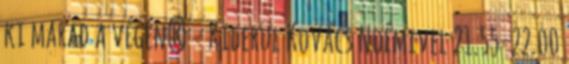
ki marad a végén? - Kiderül Kovács Noémivel 21.55-22.00